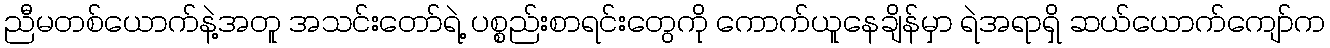
ညီမတစ်ယောက်နဲ့အတူ အသင်းတော်ရဲ့ ပစ္စည်းစာရင်းတွေကို ကောက်ယူနေချိန်မှာ ရဲအရာရှိ ဆယ်ယောက်ကျော်က